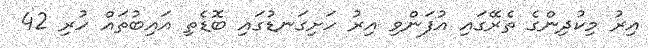
އިރު މިކުދިންގެ ތެރޭގައި އުފަންވި އިރު ހަށިގަނޑުގައި ބޮޑެތި އައިބުތައް ހުރި 42